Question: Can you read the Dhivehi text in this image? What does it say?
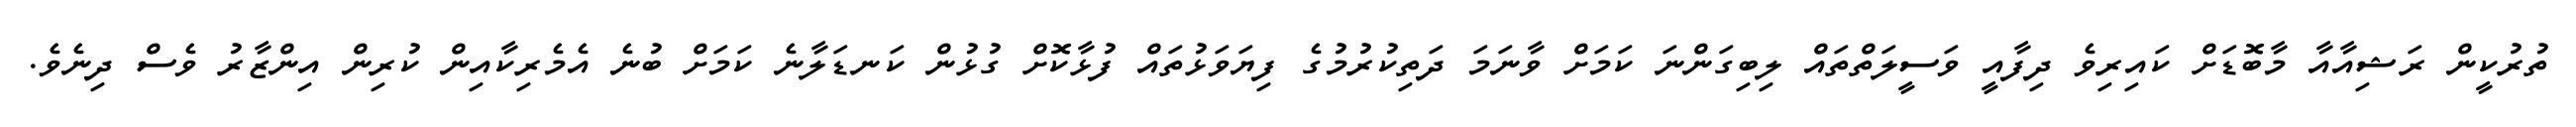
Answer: ތުރުކީން ރަޝިއާއާ މާބޮޑަށް ކައިރިވެ ދިފާއީ ވަސީލަތްތައް ލިބިގަންނަ ކަމަށް ވާނަމަ ދަތިކުރުމުގެ ފިޔަވަޅުތައް ފުޅާކޮށް ގުޅުން ކަނޑަލާނެ ކަމަށް ބުނެ އެމެރިކާއިން ކުރިން އިންޒާރު ވެސް ދިނެވެ.